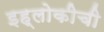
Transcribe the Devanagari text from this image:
इह्लोकीची